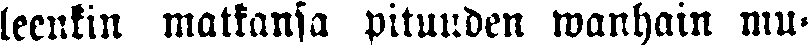
leenkin matkansa pituuden wanhain mu-